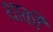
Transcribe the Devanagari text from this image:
थाकी